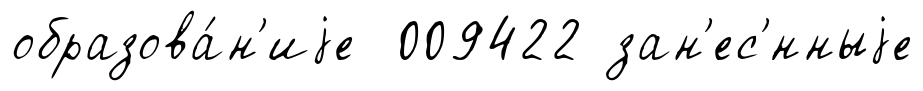
образова́н'иjе 009422 зан'ес'́нныjе